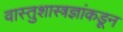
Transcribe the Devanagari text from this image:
वास्तुशास्त्रज्ञांकडून